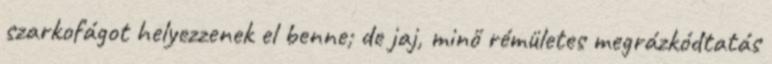
szarkofágot helyezzenek el benne; de jaj, minő rémületes megrázkódtatás